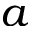
a